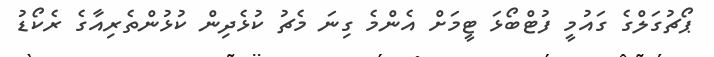
ޕޯޗުގަލްގެ ގައުމީ ފުޓްބޯޅަ ޓީމަށް އެންމެ ގިނަ މެޗު ކުޅެދިން ކުޅުންތެރިއާގެ ރެކޯޑު